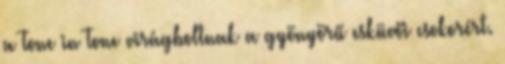
a Tone in Tone virágboltnak a gyönyörű esküvői csokorért.